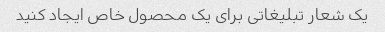
یک شعار تبلیغاتی برای یک محصول خاص ایجاد کنید